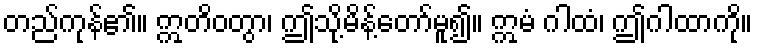
တည်ကုန်၏။ ဣတိဝတွာ၊ ဤသို့မိန့်တော်မူ၍။ ဣမံ ဂါထံ၊ ဤဂါထာကို။